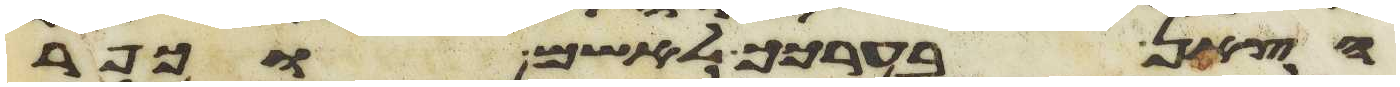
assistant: הצאן בערכך לאשם וכפר